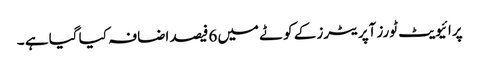
پرائیویٹ ٹورز آپریٹرز کے کوٹے میں 6فیصد اضافہ کیا گیا ہے ۔